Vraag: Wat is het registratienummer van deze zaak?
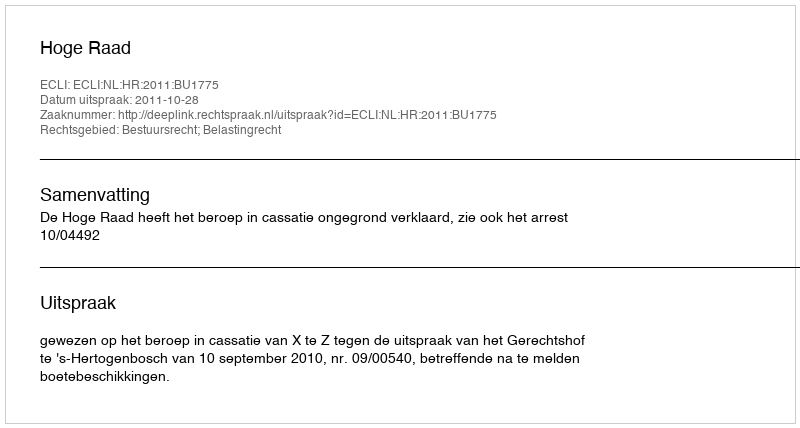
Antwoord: http://deeplink.rechtspraak.nl/uitspraak?id=ECLI:NL:HR:2011:BU1775